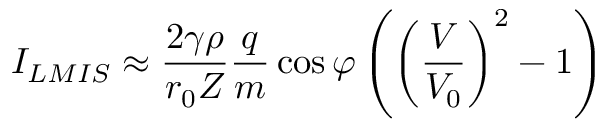
I _ { L M I S } \approx \frac { 2 \gamma \rho } { r _ { 0 } Z } \frac { q } { m } \cos { \varphi } \left( \left( \frac { V } { V _ { 0 } } \right) ^ { 2 } - 1 \right)